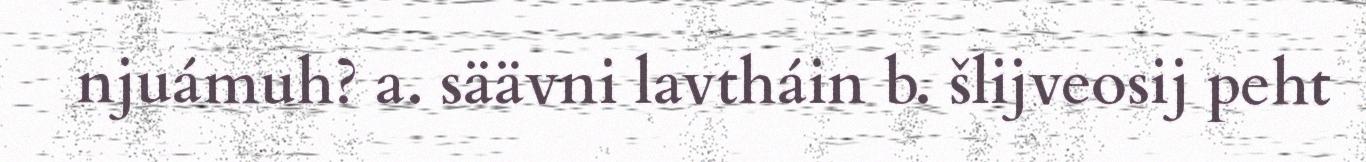
njuámuh? a. säävni lavtháin b. šlijveosij peht